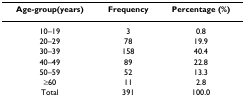
<table><thead><tr><td><b>Age-group(years)</b></td><td><b>Frequency</b></td><td><b>Percentage (%)</b></td></tr></thead><tbody><tr><td>10–19</td><td>3</td><td>0.8</td></tr><tr><td>20–29</td><td>78</td><td>19.9</td></tr><tr><td>30–39</td><td>158</td><td>40.4</td></tr><tr><td>40–49</td><td>89</td><td>22.8</td></tr><tr><td>50–59</td><td>52</td><td>13.3</td></tr><tr><td>≥60</td><td>11</td><td>2.8</td></tr><tr><td>Total</td><td>391</td><td>100.0</td></tr></tbody></table>